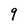
Character: 9